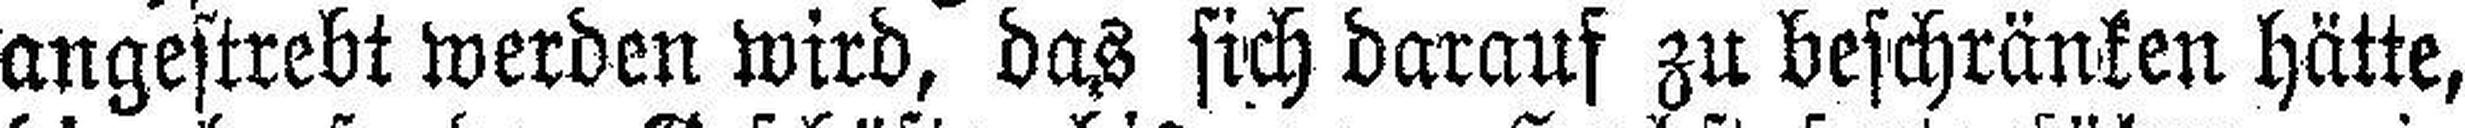
angestrebt werden wird, das sich darauf zu beschränken hätte,